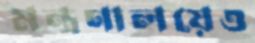
মন্ত্রণালয়েও